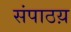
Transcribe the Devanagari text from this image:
संपाठय़